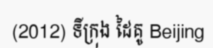
(2012) ទីក្រុង ដៃគូ Beijing